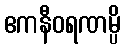
ဧကနီဝရဏမ္ပိ